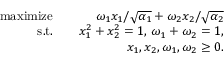
\begin{array} { r l r } { \mathrm { m a x i m i z e } } & { } & { \omega _ { 1 } x _ { 1 } / \sqrt { \alpha _ { 1 } } + \omega _ { 2 } x _ { 2 } / \sqrt { \alpha _ { 2 } } } \\ { \mathrm { s . t . } } & { } & { x _ { 1 } ^ { 2 } + x _ { 2 } ^ { 2 } = 1 , \, \omega _ { 1 } + \omega _ { 2 } = 1 , } \\ & { } & { x _ { 1 } , x _ { 2 } , \omega _ { 1 } , \omega _ { 2 } \geq 0 . } \end{array}